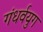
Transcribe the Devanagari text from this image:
गंधर्वयुग